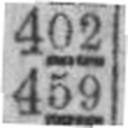
459